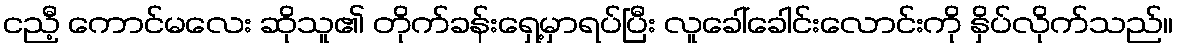
ငညီ့ ကောင်မလေး ဆိုသူ၏ တိုက်ခန်းရှေ့မှာရပ်ပြီး လူခေါ်ခေါင်းလောင်းကို နှိပ်လိုက်သည်။